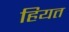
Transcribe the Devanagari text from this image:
हियत